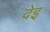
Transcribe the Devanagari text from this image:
देइ